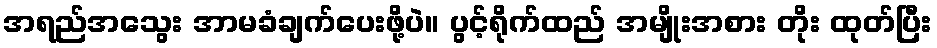
အရည်အသွေး အာမခံချက်ပေးဖို့ပဲ။ ပွင့်ရိုက်ထည် အမျိုးအစား တိုး ထုတ်ပြီး